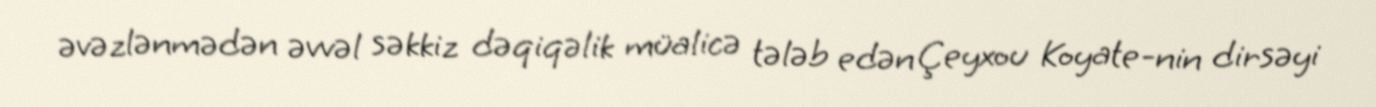
əvəzlənmədən əvvəl səkkiz dəqiqəlik müalicə tələb edən Çeyxou Koyate-nin dirsəyi